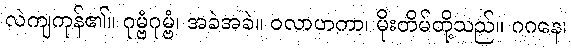
လဲကျကုန်၏။ ဂုမ္ဗံဂုမ္ဗံ၊ အခဲအခဲ။ ဝလာဟကာ၊ မိုးတိမ်တို့သည်။ ဂဂနေ၊